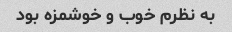
به نظرم خوب و خوشمزه بود